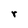
Character: r